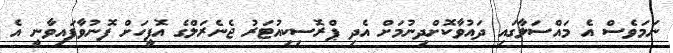
ނަމަވެސް އެ މައްސަލާގައި ދައުވާކޮށްދިނުމަށް އެދި ޕްރޮސިކިއުޓަރު ޖެނެރަލްގެ އޮފީހަށް ފޮނުވާފައިވާނީ އެ